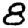
Digit: 8